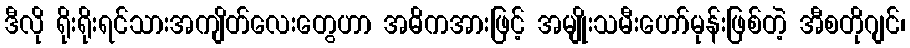
ဒီလို ရိုးရိုးရင်သားအကျိတ်လေးတွေဟာ အဓိကအားဖြင့် အမျိုးသမီးဟော်မုန်းဖြစ်တဲ့ အီစတိုဂျင်၊